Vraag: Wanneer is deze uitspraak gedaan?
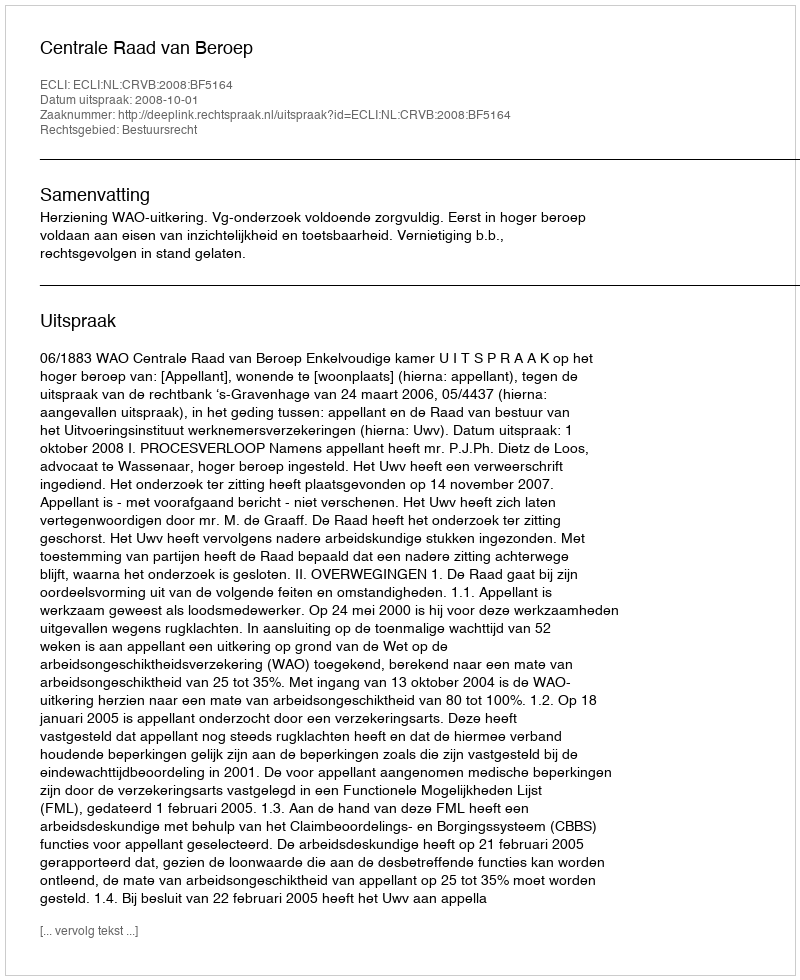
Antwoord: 2008-10-01